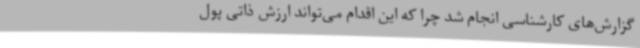
گزارش‌های کارشناسی انجام شد چرا که این اقدام می‌تواند ارزش ذاتی پول